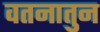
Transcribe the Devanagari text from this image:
वतनातुन